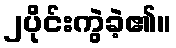
၂ပိုင်းကွဲခဲ့၏။